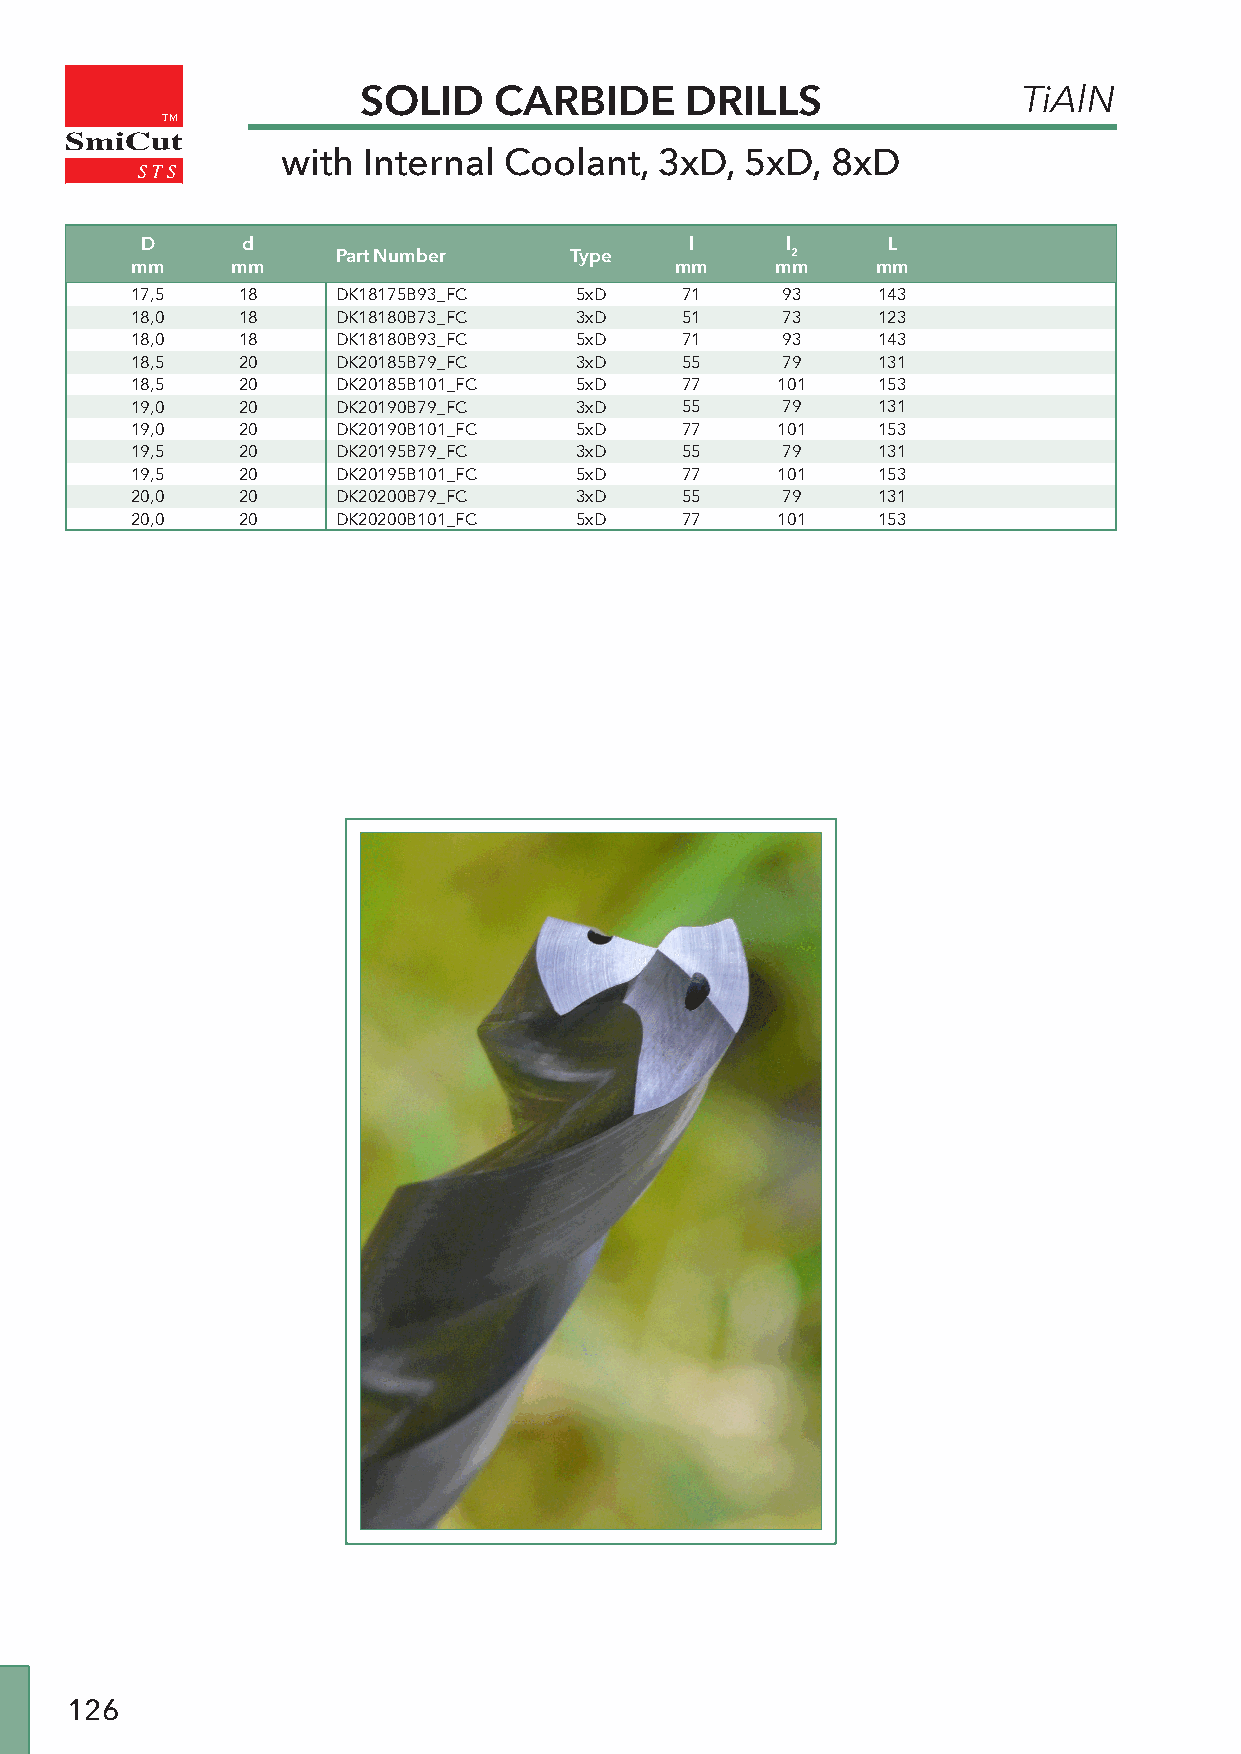
SOLID    CARBIDE     DRILLS                 TiAlN
 TM
 SmiCut
 with Internal Coolant,   3xD, 5xD,  8xD
 D      d                             l     l      L
 Part Number     Type          2
 mm    mm                            mm    mm     mm
 17,5   18    DK18175B93_FC   5xD    71     93    143
 18,0   18    DK18180B73_FC   3xD    51     73    123
 18,0   18    DK18180B93_FC   5xD    71     93    143
 18,5   20    DK20185B79_FC   3xD    55     79    131
 18,5   20    DK20185B101_FC  5xD    77    101    153
 19,0   20    DK20190B79_FC   3xD    55     79    131
 19,0   20    DK20190B101_FC  5xD    77    101    153
 19,5   20    DK20195B79_FC   3xD    55     79    131
 19,5   20    DK20195B101_FC  5xD    77    101    153
 20,0   20    DK20200B79_FC   3xD    55     79    131
 20,0   20    DK20200B101_FC  5xD    77    101    153
 126